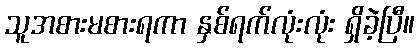
သူအစားမစားရကာ နှစ်ရက်လုံးလုံး ရှိခဲ့ပြီ။